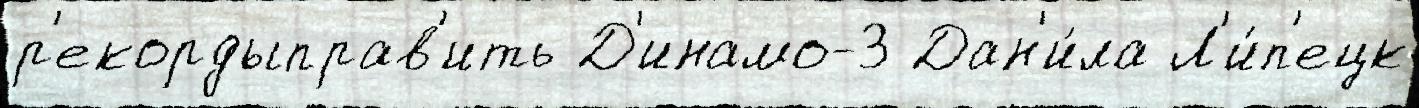
р'екордыправ'ить Д'инамо-3 Дан'и́ла Л'и́п'ецк